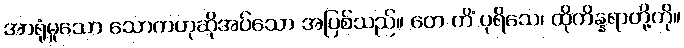
အာရုံမူသော သောကဟုဆိုအပ်သော အပြစ်သည်။ တေ ကိံ ပုရိသေ၊ ထိုကိန္နရာတို့ကို။